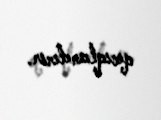
qıcıqlandırır.